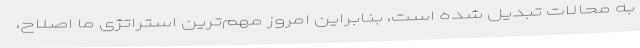
به محالات تبدیل شده است، بنابراین امروز مهم‌ترین استراتژی ما اصلاح،